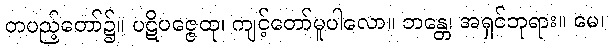
တပည့်တော်၌။ ပဋိပဇ္ဇေထု၊ ကျင့်တော်မူပါလော။ ဘန္တေ၊ အရှင်ဘုရား။ မေ၊